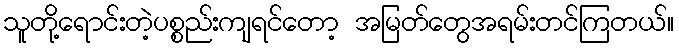
သူတို့ရောင်းတဲ့ပစ္စည်းကျရင်တော့ အမြတ်တွေအရမ်းတင်ကြတယ်။